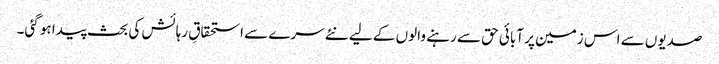
صدیوں سے اس زمین پر آبائی حق سے رہنے والوں کے لیے نئے سرے سے استحقاقِ رہائش کی بحث پیدا ہو گئی۔